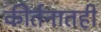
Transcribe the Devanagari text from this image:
कीर्तनातही